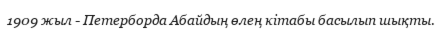
1909 жыл - Петерборда Абайдың өлең кітабы басылып шықты.